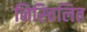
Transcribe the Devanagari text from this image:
निस्चिलित